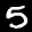
Label: 5